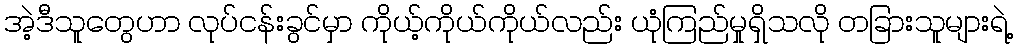
အဲ့ဒီသူတွေဟာ လုပ်ငန်းခွင်မှာ ကိုယ့်ကိုယ်ကိုယ်လည်း ယုံကြည်မှုရှိသလို တခြားသူများရဲ့